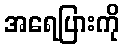
အရေပြားကို